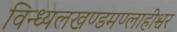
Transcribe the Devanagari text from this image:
विन्ध्यलखण्डमण्लाहीश्वर